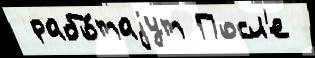
 рабо́таjут Посл'е